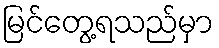
မြင်တွေ့ရသည်မှာ